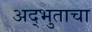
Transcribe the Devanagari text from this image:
अद्भुताचा